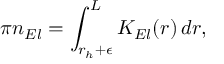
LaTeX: \pi n _ { E l } = \int _ { r _ { h } + \epsilon } ^ { L } K _ { E l } ( r ) \, d r ,